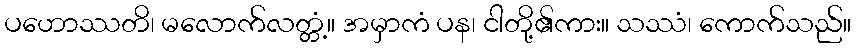
ပဟောဿတိ၊ မလောက်လတ္တံ့။ အမှာကံ ပန၊ ငါတို့၏ကား။ သဿံ၊ ကောက်သည်။